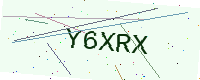
Text: Y6XRX